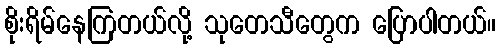
စိုးရိမ်နေကြတယ်လို့ သုတေသီတွေက ပြောပါတယ်။